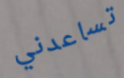
تساعدني